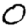
Digit: 0